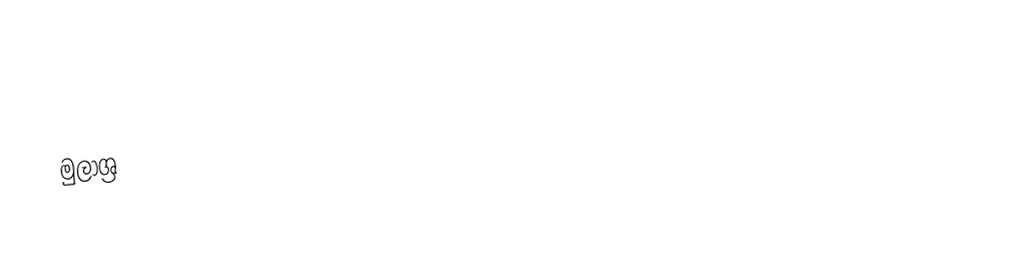

මුලාශ්‍ර